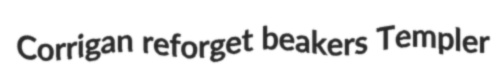
Corrigan reforget beakers Templer